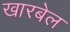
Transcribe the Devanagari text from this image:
खारबेल